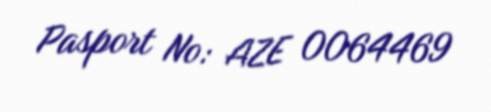
Pasport №: AZE 0064469